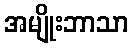
အမျိုးဘာသာ